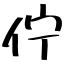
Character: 佇